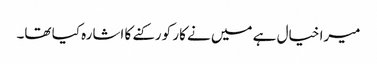
میرا خیال ہے میں نے کار کو رکنے کا اشارہ کیا تھا۔